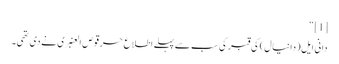
[1] “
دانی ایل(دانیال) کی قبر کی سب سے پہلے اطلاع حرقوص العنبری نے دی تھی۔